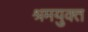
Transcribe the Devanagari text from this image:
श्रमयुक्त